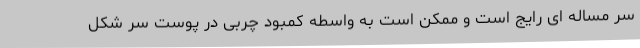
سر مساله ای رایج است و ممکن است به واسطه کمبود چربی در پوست سر شکل